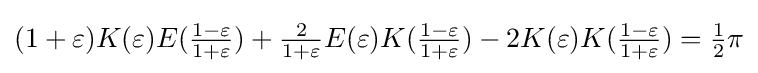
(1+\varepsilon )K(\varepsilon )E({\tfrac {1-\varepsilon }{1+\varepsilon }})+{\tfrac {2}{1+\varepsilon }}E(\varepsilon )K({\tfrac {1-\varepsilon }{1+\varepsilon }})-2K(\varepsilon )K({\tfrac {1-\varepsilon }{1+\varepsilon }})={\tfrac {1}{2}}\pi